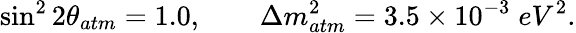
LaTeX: \sin^{2}2\theta_{atm}=1.0,\qquad\Delta m_{atm}^{2}=3.5\times 10^{-3}\; eV^{2}.